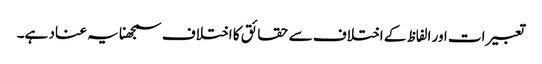
تعبیرات اور الفاظ کے اختلاف سے حقائق کا اختلاف سمجھنا یہ عناد ہے۔